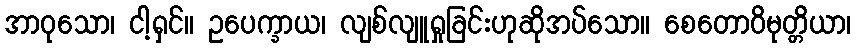
အာဝုသော၊ ငါ့ရှင်။ ဥပေက္ခာယ၊ လျစ်လျူရှုခြင်းဟုဆိုအပ်သော။ စေတောဝိမုတ္တိယာ၊